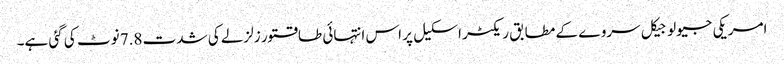
امریکی جیولوجیکل سروے کے مطابق ریکٹر اسکیل پر اس انتہائی طاقتور زلزلے کی شدت 7.8 نوٹ کی گئی ہے۔